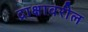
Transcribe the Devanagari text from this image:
द्राक्षावरील